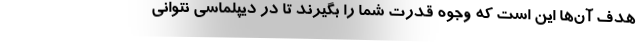
هدف آن‌ها این است که وجوه قدرت شما را بگیرند تا در دیپلماسی نتوانی